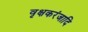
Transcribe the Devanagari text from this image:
वृक्षकरंजादि